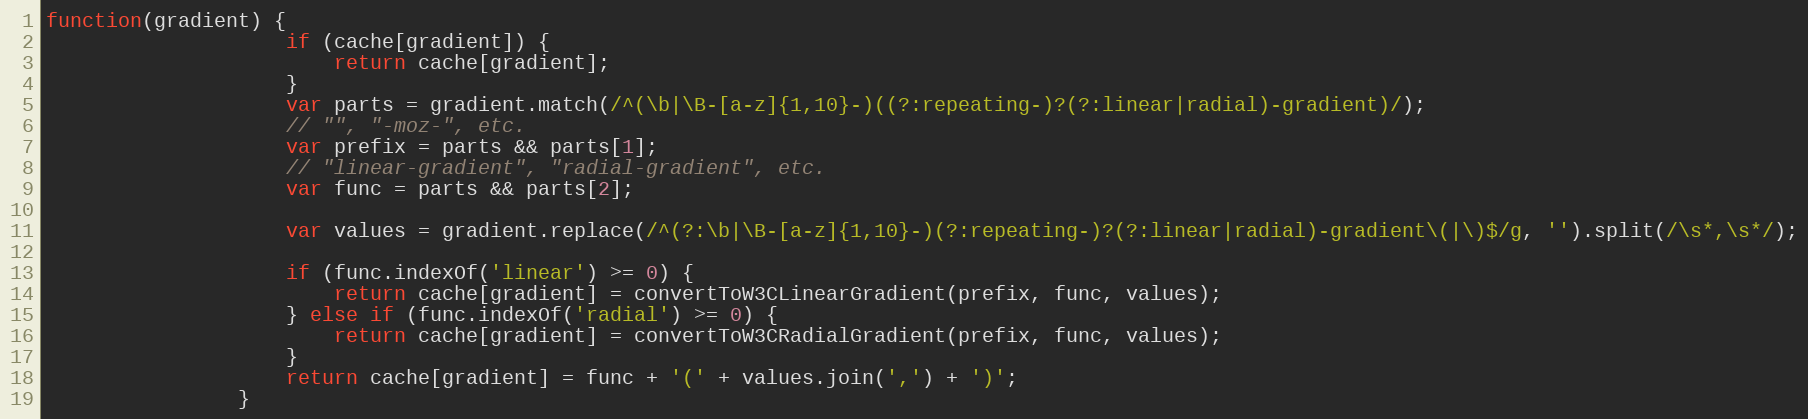
Language: JavaScript
function(gradient) {
					if (cache[gradient]) {
						return cache[gradient];
					}
					var parts = gradient.match(/^(\b|\B-[a-z]{1,10}-)((?:repeating-)?(?:linear|radial)-gradient)/);
					// "", "-moz-", etc.
					var prefix = parts && parts[1];
					// "linear-gradient", "radial-gradient", etc.
					var func = parts && parts[2];

					var values = gradient.replace(/^(?:\b|\B-[a-z]{1,10}-)(?:repeating-)?(?:linear|radial)-gradient\(|\)$/g, '').split(/\s*,\s*/);

					if (func.indexOf('linear') >= 0) {
						return cache[gradient] = convertToW3CLinearGradient(prefix, func, values);
					} else if (func.indexOf('radial') >= 0) {
						return cache[gradient] = convertToW3CRadialGradient(prefix, func, values);
					}
					return cache[gradient] = func + '(' + values.join(',') + ')';
				}